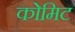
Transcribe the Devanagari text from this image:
कोमिट